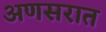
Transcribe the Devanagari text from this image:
अणसरात